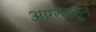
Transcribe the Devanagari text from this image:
आग्ऱयाहून